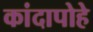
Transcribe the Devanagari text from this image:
कांदापोहे